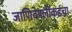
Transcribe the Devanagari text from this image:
जाणिवेपलीकडचा